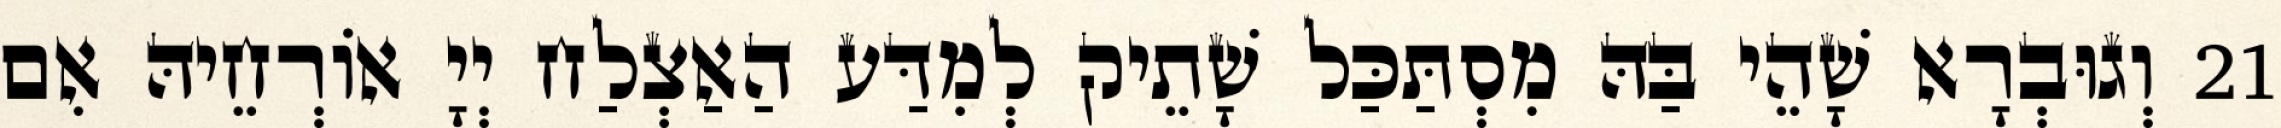
21 וְגוּבְרָא שָׁהֵי בַּהּ מִסְתַּכַּל שָׁתֵיק לְמִדַּע הַאַצְלַח יְיָ אוֹרְחֵיהּ אִם